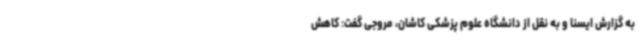
به گزارش ایسنا و به نقل از دانشگاه علوم پزشکی کاشان، مروجی گفت: کاهش